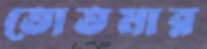
তোতমার